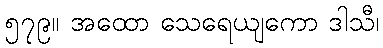
၅၇၉။ အထော သေရေယျကော ဒါသီ၊